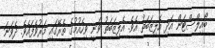
ބޯއިލްސްޓަން އަދި އެލިޒަބަތު އެވެ. އެލިޒަބަތު ވަނީ ވިހެއުމުގެ ތެރޭގައި މަރުވެފައެވެ. ދެވަނަ